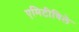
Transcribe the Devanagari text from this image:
एमिटीविले